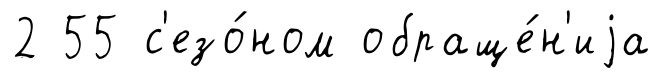
2 55 с'езо́ном обраще́н'иjа